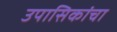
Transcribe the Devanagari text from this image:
उपासिकांचा